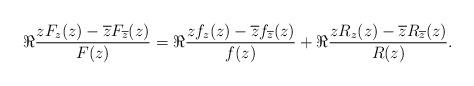
LaTeX: \begin{align*}\Re \dfrac{zF_{z}(z)-\overline{z}F_{\overline{z}}(z)}{F(z)}=\Re \dfrac{zf_{z}(z)-\overline{z}f_{\overline{z}}(z)}{f(z)}+\Re \dfrac{zR_{z}(z)-\overline{z}R_{\overline{z}}(z)}{R(z)}.\end{align*}